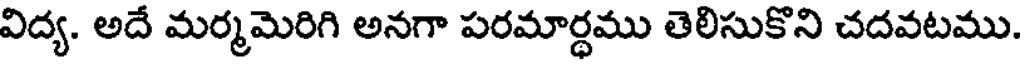
విద్య. అదే మర్మమెరిగి అనగా పరమార్ధము తెలిసుకొని చదవటము.